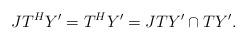
LaTeX: \begin{align*}JT^HY' = T^HY' =JTY' \cap TY'.\end{align*}